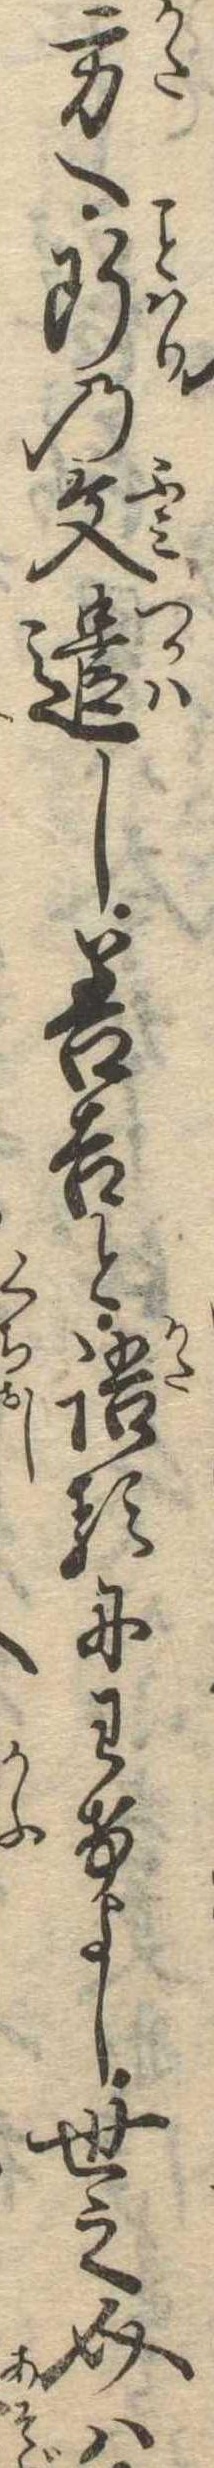
方へ断の文遣し善吉と語るにわけよし世之介は